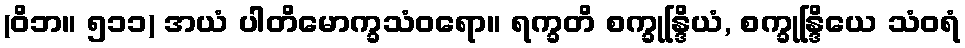
(ဝိဘ။ ၅၁၁) အယံ ပါတိမောက္ခသံဝရော။ ရက္ခတိ စက္ခုန္ဒြိယံ, စက္ခုန္ဒြိယေ သံဝရံ